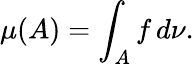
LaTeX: \mu(A)=\int_{A}f\, d\nu.